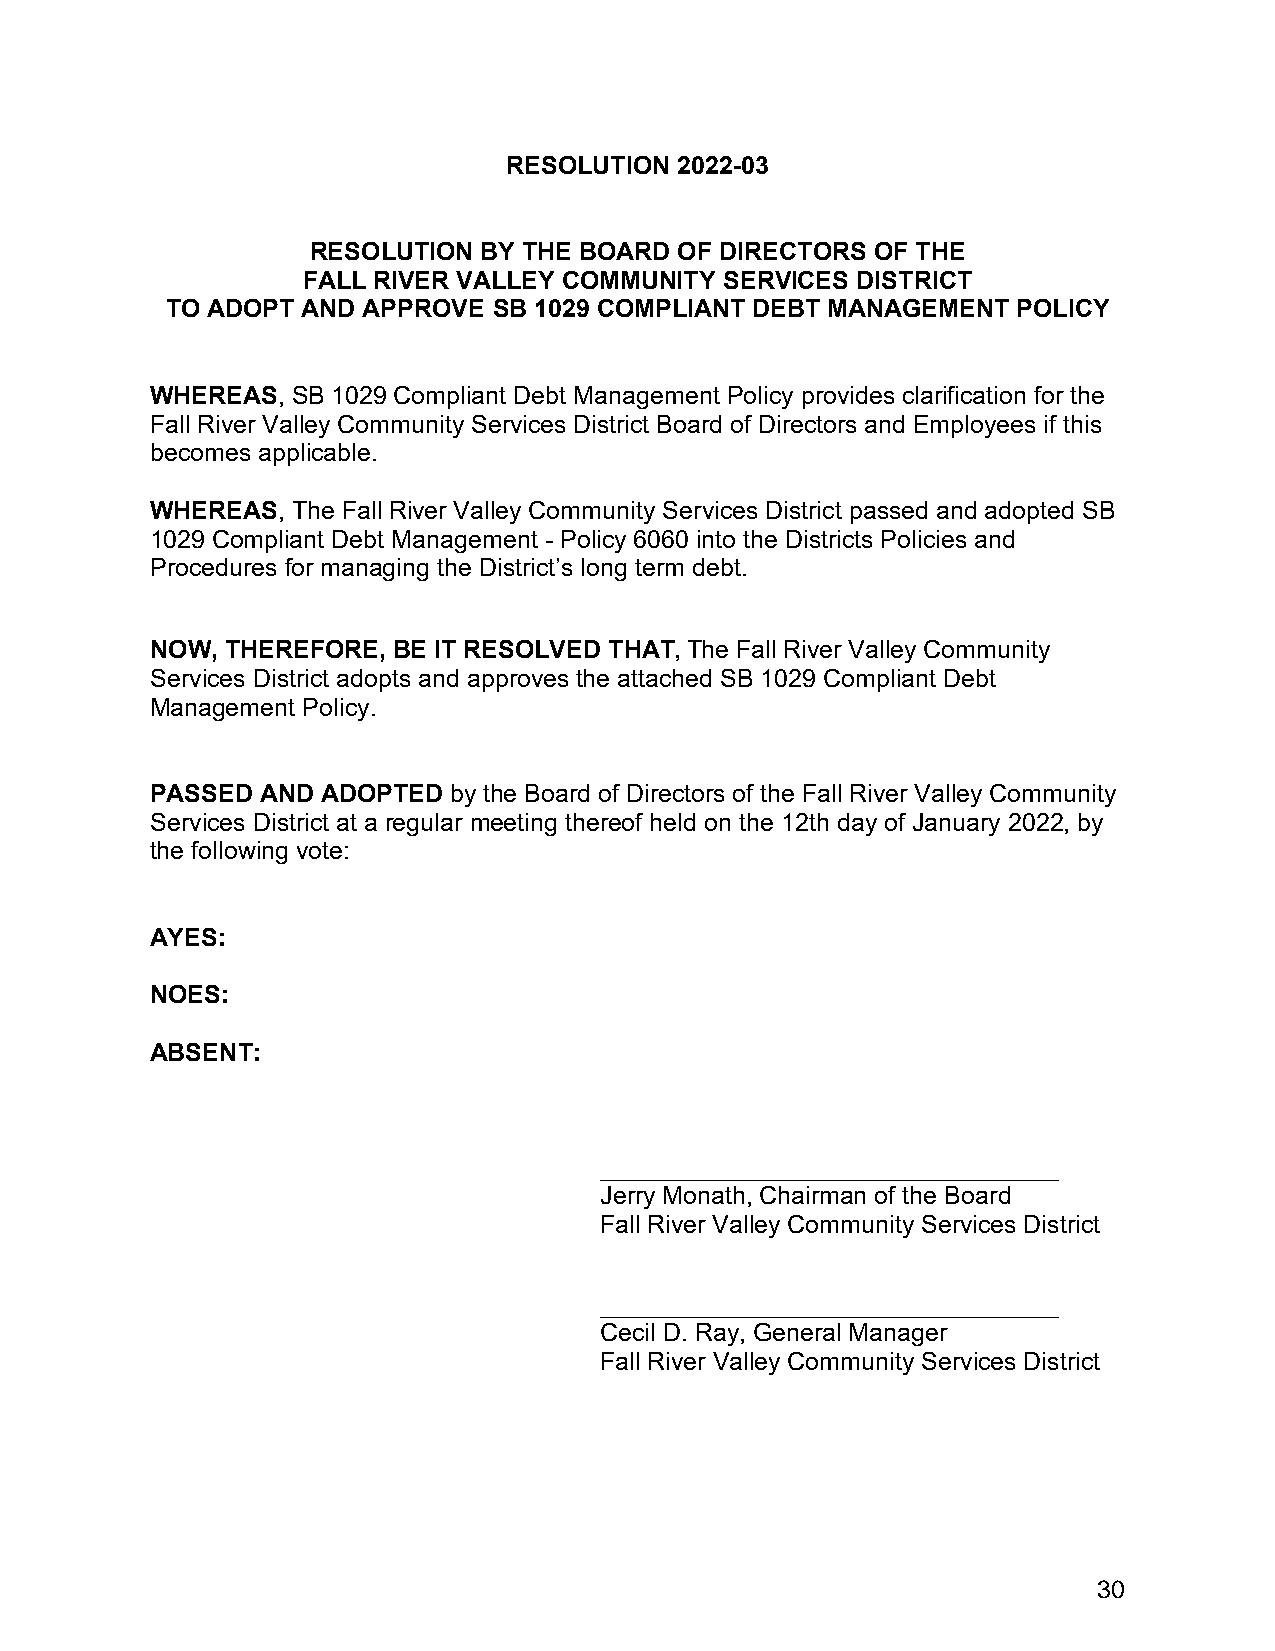
RESOLUTION 2022-03
 RESOLUTION BY THE BOARD OF DIRECTORS OF THE
 FALL RIVER VALLEY COMMUNITY SERVICES DISTRICT
 TO ADOPT AND APPROVE  SB 1029 COMPLIANT DEBT MANAGEMENT POLICY
 WHEREAS, SB 1029 Compliant Debt Management Policy provides clarification for the
 Fall River Valley Community Services District Board of Directors and Employees if this
 becomes applicable.
 WHEREAS, The Fall River Valley Community Services District passed and adopted SB
 1029 Compliant Debt Management - Policy 6060 into the Districts Policies and
 Procedures for managing the District’s long term debt.
 NOW, THEREFORE, BE IT RESOLVED THAT, The Fall River Valley Community
 Services District adopts and approves the attached SB 1029 Compliant Debt
 Management Policy.
 PASSED AND ADOPTED  by the Board of Directors of the Fall River Valley Community
 Services District at a regular meeting thereof held on the 12th day of January 2022, by
 the following vote:
 AYES:
 NOES:
 ABSENT:
 _________________________________
 Jerry Monath, Chairman of the Board
 Fall River Valley Community Services District
 _________________________________
 Cecil D. Ray, General Manager
 Fall River Valley Community Services District
 30